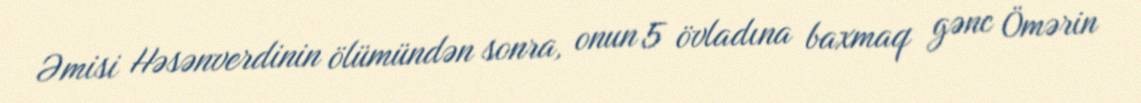
Əmisi Həsənverdinin ölümündən sonra, onun 5 övladına baxmaq gənc Ömərin